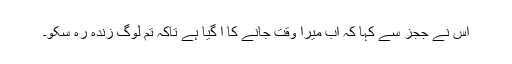
اس نے ججز سے کہا کہ اب میرا وقت جانے کا آ گیا ہے تاکہ تم لوگ زندہ رہ سکو۔